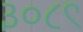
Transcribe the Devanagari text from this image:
३०८९